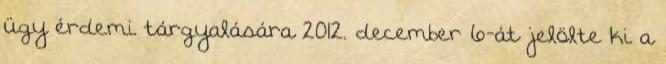
ügy érdemi tárgyalására 2012. december 6-át jelölte ki a